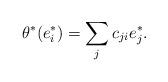
LaTeX: \begin{align*} \theta^*(e_i^*)=\sum_jc_{ji}e_j^*.\end{align*}